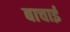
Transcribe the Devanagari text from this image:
बाचाई